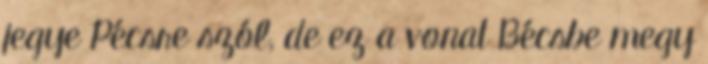
jegye Pécsre szól, de ez a vonat Bécsbe megy